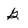
Character: G